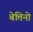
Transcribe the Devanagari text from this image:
बेत्तिनो